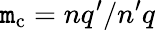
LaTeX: \mathtt{m}_{\mathrm{{c}}}=nq^{\prime}/n^{\prime}q